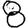
Digit: 8